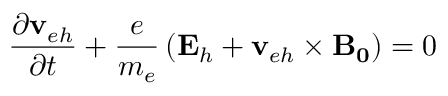
\frac { \partial \mathbf { v } _ { e h } } { \partial t } + \frac { e } { m _ { e } } \left( \mathbf { E } _ { h } + \mathbf { v } _ { e h } \times \mathbf { B _ { 0 } } \right) = 0